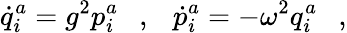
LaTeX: \dot{q}_{i}^{a}=g^{2}p_{i}^{a}\ \ \ ,\ \ \ \dot{p}_{i}^{a}=-\omega^{2}q_{i}^{a}\ \ \ ,